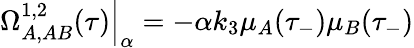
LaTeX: \Omega_{A,AB}^{1,2}(\tau)\Big|_{\alpha}=-\alpha k_{3}\mu_{A}(\tau_{-})\mu_{B}(\tau_{-})